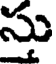
సు